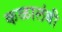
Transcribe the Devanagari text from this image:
कळालंबी